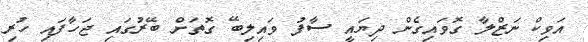
އަވިކް ނަޒްލާ ގޮވައިގެން ދިޔައީ ސާފު ވައިލިބޭ ގޮތަށް ބޭރުގައި ޖަހާފައި ހުރި